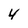
Character: 4